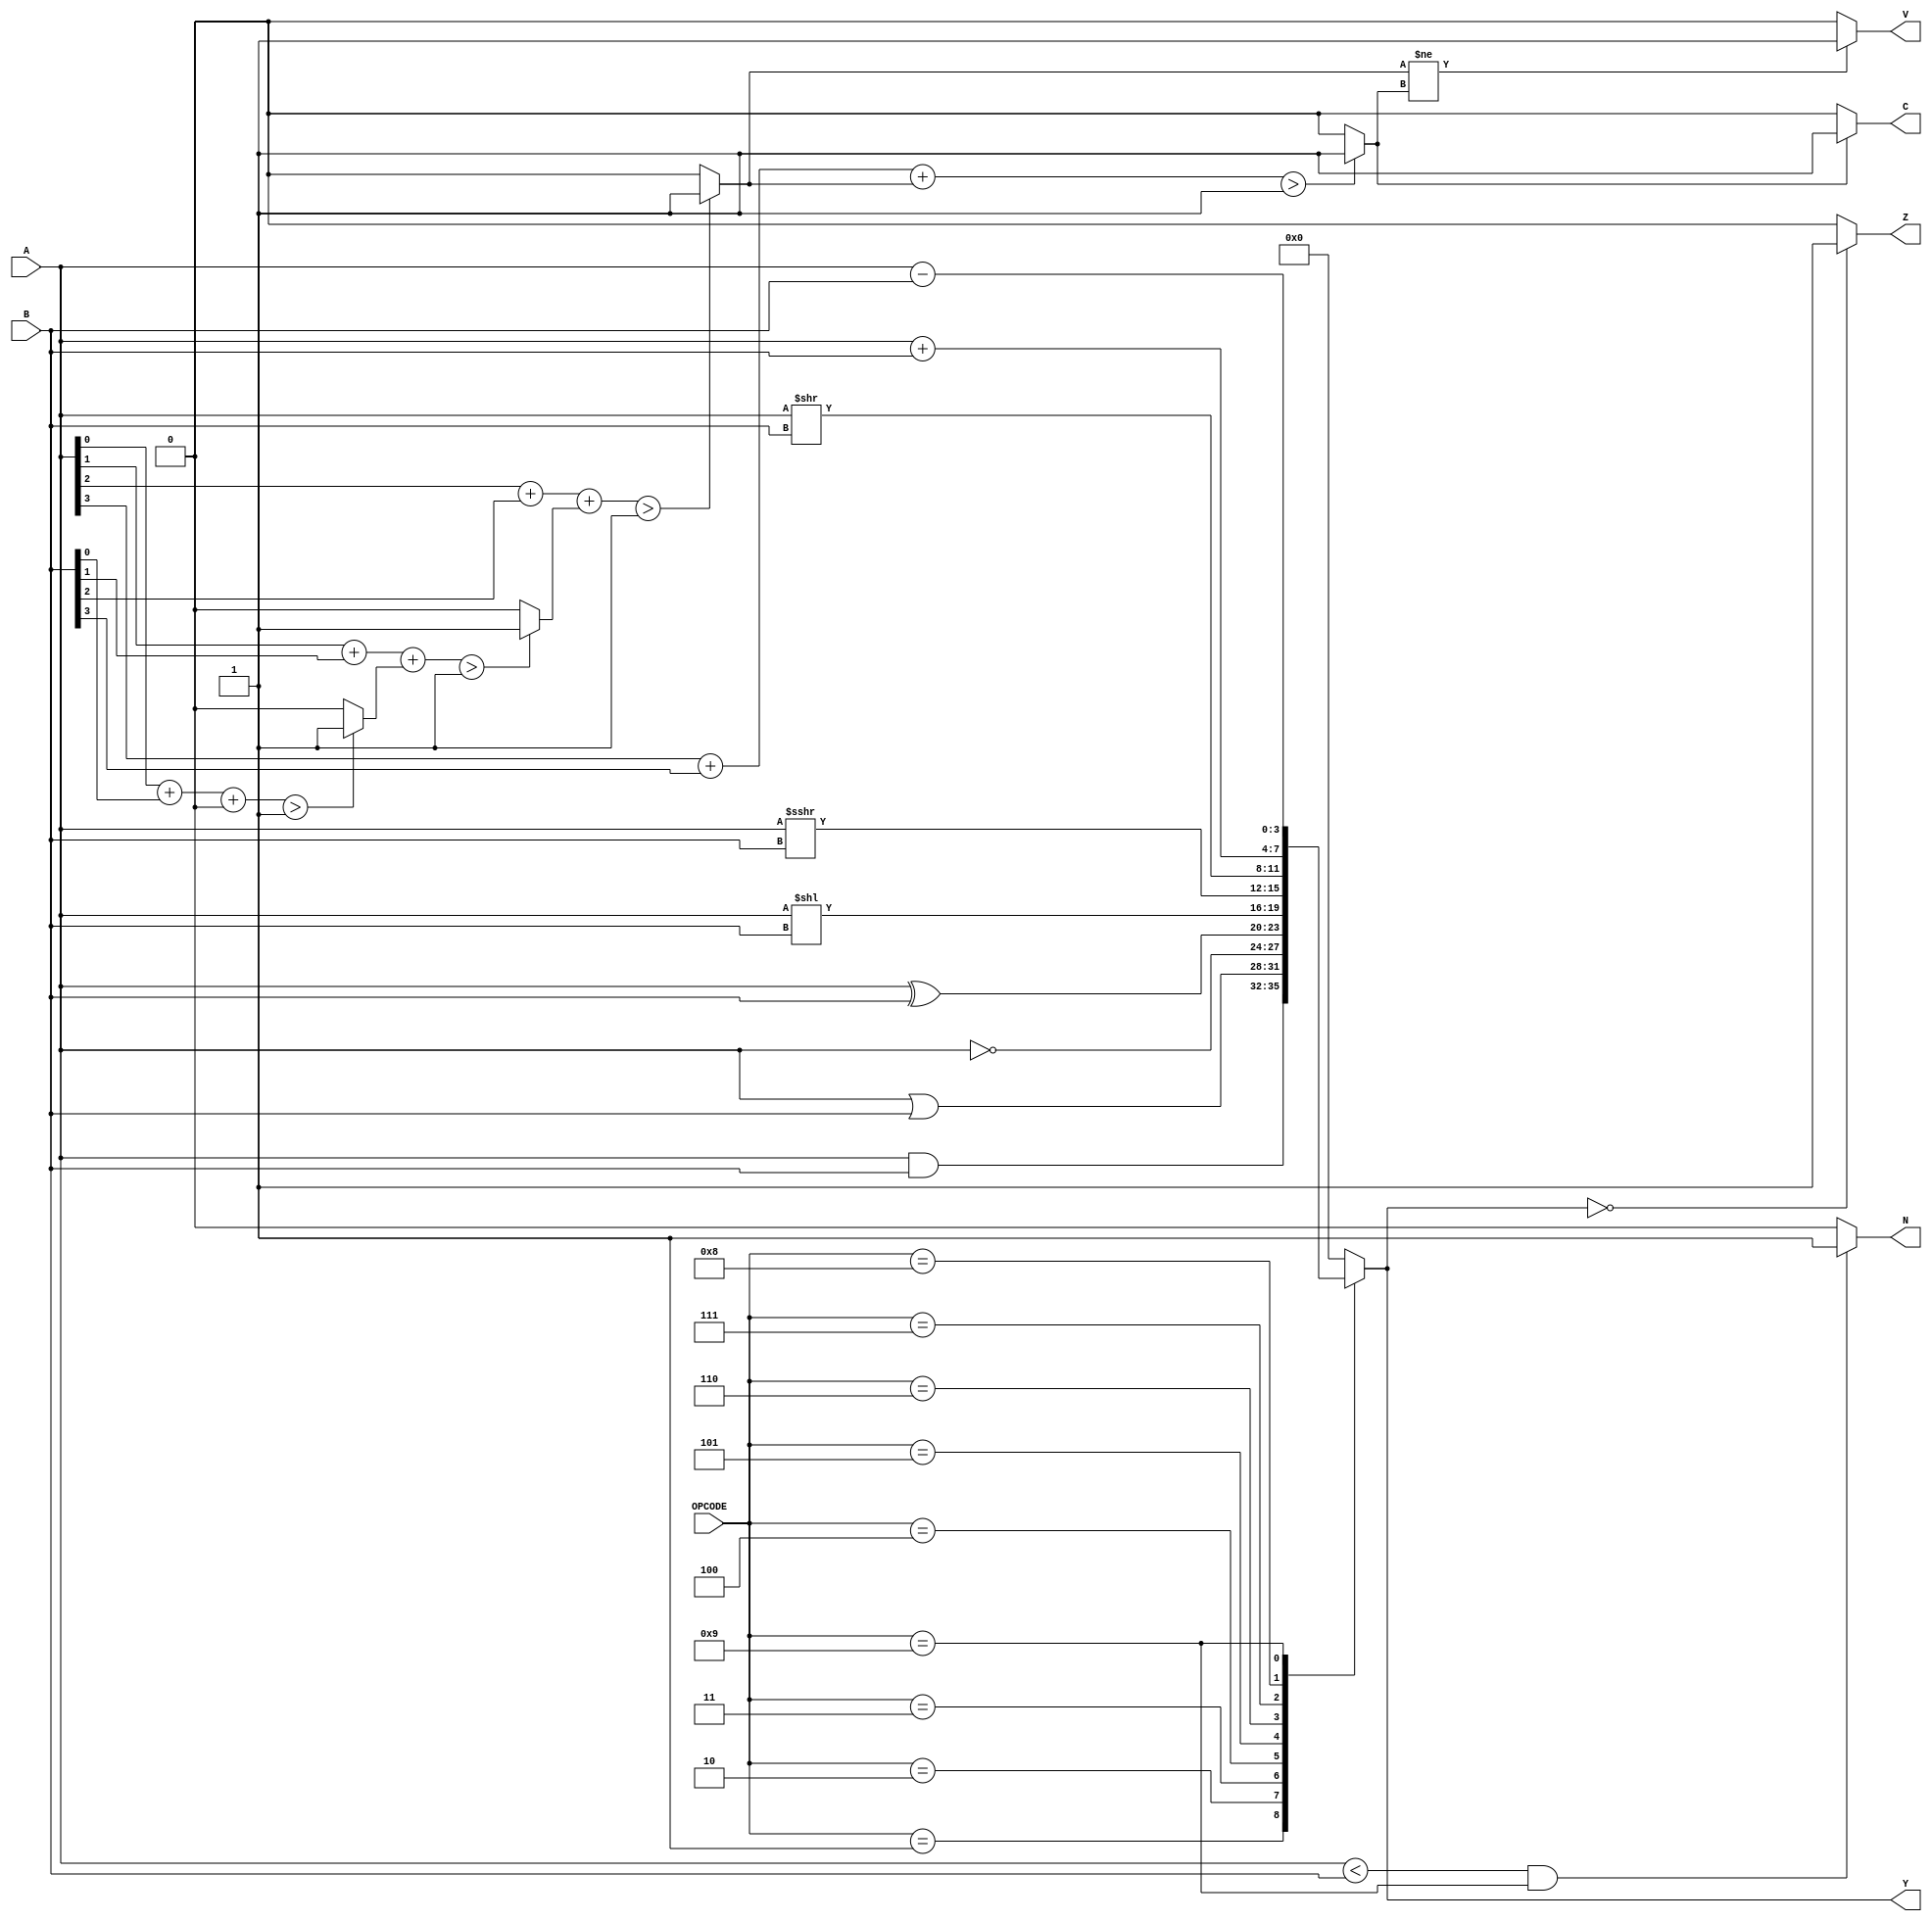
`timescale 1ns / 1ps
//////////////////////////////////////////////////////////////////////////////////
// Company: 
// Engineer: 
// 
// Design Name: 
// Module Name: Pro1
// Project Name: 
// Target Devices: 
// Tool Versions: 
// Description: 
// 
// Dependencies: 
// 
// Revision:
// Revision 0.01 - File Created
// Additional Comments:
// 
//////////////////////////////////////////////////////////////////////////////////


module Pro1(A, B, OPCODE, Y, N, Z, C, V);
    input [3:0] A,B,OPCODE;
    output reg [3:0] Y; 
    output  reg N, Z, C, V;

    function Comparing;
        input [1:0] A1, B1;
        if(A1 > B1)
            Comparing = 1'b1;
        else
            Comparing = 1'b0;
    endfunction
    
    function BitAdder;
        input A2, B2, Cin;
        reg [1:0] mid;
        begin
            mid = A2 + B2 + Cin;
            //BitAdder = 1;
            BitAdder = Comparing(mid, 2'b01);   
        end 
    endfunction

    function Calcout;
        input [3:0] AA, BB;
        reg [3:0] tmpsum; 
        reg Carry;
        begin
            //tmpsum[0] = AA[0] + BB[0];
            Carry = BitAdder(AA[0], BB[0], 0);
            Carry = BitAdder(AA[1], BB[1], Carry);
            Carry = BitAdder(AA[2], BB[2], Carry);
            Calcout = BitAdder(AA[3], BB[3], Carry);
        end       
    endfunction
    
    function Calcin;
        input [3:0] AA1, BB1;
        reg [3:0] tmpsum; 
        reg Carry;
        
        begin
            tmpsum[0] = AA1[0] + BB1[0];
            Carry = BitAdder(AA1[0], BB1[0], 0);
            Carry = BitAdder(AA1[1], BB1[1], Carry);
            Calcin = BitAdder(AA1[2], BB1[2], Carry);
        end
    endfunction
    
    always @(A, B, OPCODE) begin
        case(OPCODE)
            4'b0001  : Y = A & B;
            4'b0010  : Y = A | B;
            4'b0011  : Y = ~A;
            4'b0100  : Y = A ^ B;
            4'b0101  : Y = A << B;
            4'b0110  : Y = A >>> B;
            4'b0111  : Y = A >> B;
            4'b1000  : Y = A + B;
            4'b1001  : Y = A - B;
            default  : Y = 0;
        endcase
        N = 0; Z = 0; C = 0; V = 0;
        if((A < B) && (OPCODE == 4'b1001)) 
            N = 1;
        if(Y == 0)
            Z = 1;
        if(Calcout(A, B) == 1'b1)
            C = 1;
        if(Calcin(A, B) != Calcout(A, B))
            V = 1;
    end
    
//    always @(Y) begin
//        N <= 0; Z <= 0; C <= 0; V <= 0;
//        if(Y < 0) 
//            N <= 1;
//        if(Y == 0)
//            Z <= 1;
//        if(Calcout(A, B) == 1)
//            C <= 1;
//        if(Calcin(A, B) != Calcout(A, B))
//            V <= 1;
//    end
endmodule